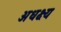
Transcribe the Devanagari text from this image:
अधक्ष्य